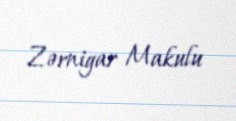
Zərnigar Makulu